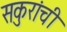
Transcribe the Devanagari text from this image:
सकुरांची